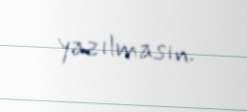
yazılmasın.